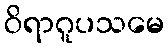
ဝိရာဂူပသမေ